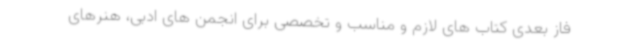
فاز بعدی کتاب های لازم و مناسب و تخصصی برای انجمن های ادبی، هنرهای